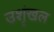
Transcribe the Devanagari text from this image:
उशृंखल